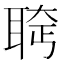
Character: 𫆄